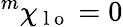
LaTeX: {}^{m}\chi_{\mathrm{~l~o~}}=0